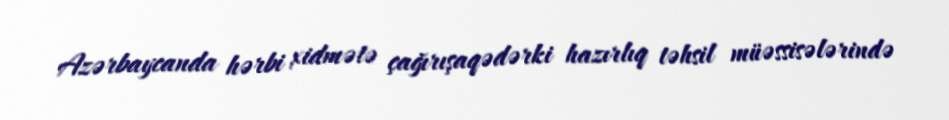
Azərbaycanda hərbi xidmətə çağırışaqədərki hazırlıq təhsil müəssisələrində